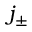
j _ { \pm }